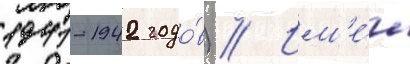
1941-1942 годо́в) // Им'е́л